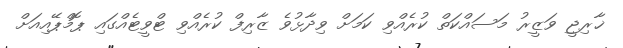
ޚާރިޖީ ވަޒީރު މަސައްކަތް ކުރެއްވި ކަމަށް ވިދާޅުވެ ޒާރިފް ކުރެއްވި ޓްވީޓެއްގައި ޕޮމްޕޭއިއަށް